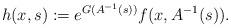
LaTeX: \begin{align*}h(x,s):=e^{G(A^{-1}(s))} f(x,A^{-1}(s)).\end{align*}